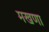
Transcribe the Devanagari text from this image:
मखणा